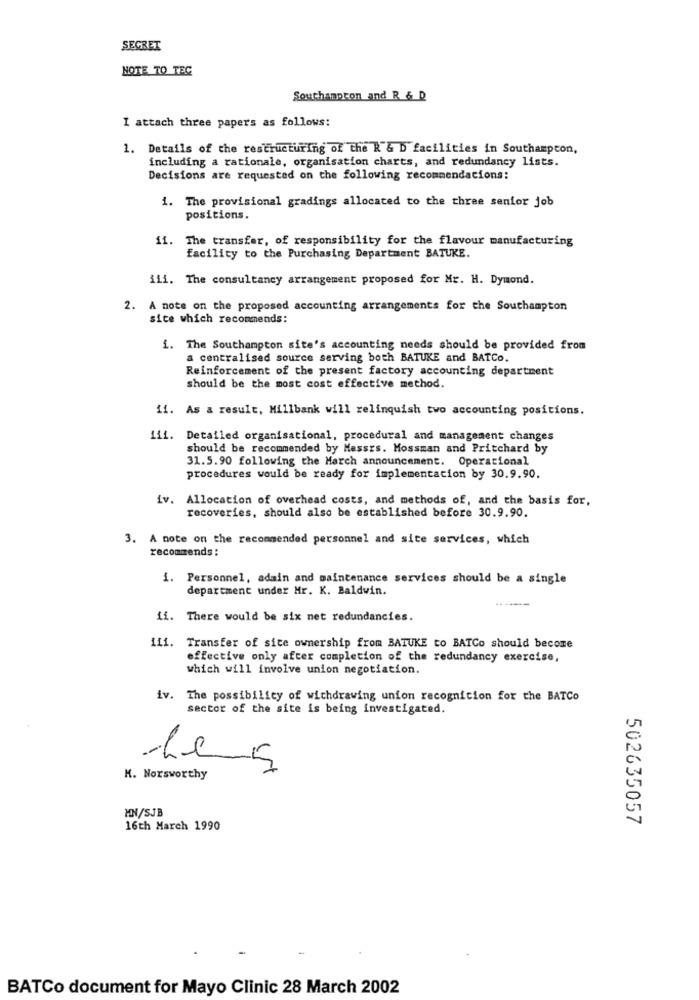
SECRET
NOTE TO TEC
Southampton and R & D
I attach three papers as follows:
1. Details of the restructuring of the R & D facilities in Southampton,
including a rationale, organisation charts, and redundancy lists.
Decisions are requested on the following recommendations:
1. The provisional gradings allocated to the three senior job
positions.
11. The transfer, of responsibility for the flavour manufacturing
facility to the Purchasing Department BATUKE.
iii. The consultancy arrangement proposed for Mr. H. Dymond.
2. A note on the proposed accounting arrangements for the Southampton
sice which recommends:
1. The Southampton site's accounting needs should be provided from
a centralised source serving both BATUKE and BATCo.
Reinforcement of the present factory accounting department
should be the most cost effective method.
11. As a result, Millbank will relinquish two accounting positions.
111. Detailed organisational, procedural and management changes
should be recommended by Messrs. Mossman and Pritchard by
31.5.90 following the March announcement. Operational
procedures would be ready for implementation by 30.9.90.
iv. Allocation of overhead costs, and methods of, and the basis for,
recoveries, should also be established before 30.9.90.
3. A note on the recommended personnel and site services, which
recommends :
1. Personnel, adain and maintenance services should be a single
department under Mr. K. Baldwin.
ii. There would be six net redundancies.
111. Transfer of site ownership from BATUKE to BATCo should become
effective only after completion of the redundancy exercise,
which will involve union negotiation.
iv. The possibility of withdrawing union recognition for the BATCo
sector of the site is being investigated.
Le-5
M. Norsworthy
HN/SJB
502635057
16th March 1990
BATCo document for Mayo Clinic 28 March 2002